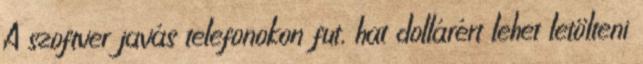
A szoftver javás telefonokon fut, hat dollárért lehet letölteni